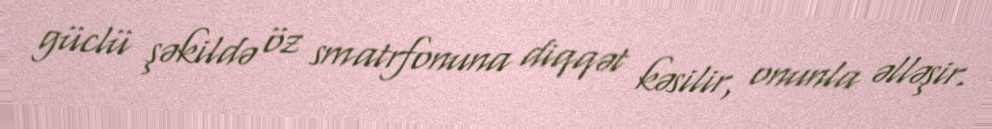
güclü şəkildə öz smatrfonuna diqqət kəsilir, onunla əlləşir.